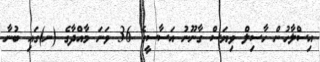
އިސްލާހުން ހާސިލް ވިޔަސް ގާނޫނު އަސާސީގެ 36 ވަނަ މާއްދާގެ (ނ)ގައި ބުނާ